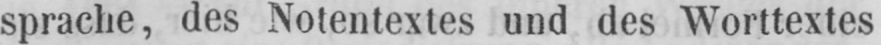
sprache, des Notentextes und des Worttextes